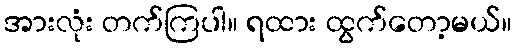
အားလုံး တက်ကြပါ။ ရထား ထွက်တော့မယ်။